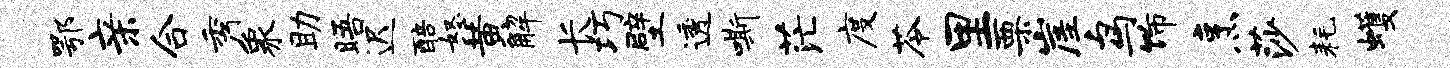
鄂亲合秀象助晤迟醅怒黄解长巧壁透嘶茫度苓里栗崖鸟饰烹莎耗蠖